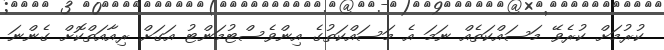
ކުރުމަށް ކުރެވޭ މަސައްކަތެއް ނަމަ އެ މަސައްކަތުގެ އިންވެސްޓުމަންޓު އަގަށް ރިއާއަތްކޮށް ގެންނަ